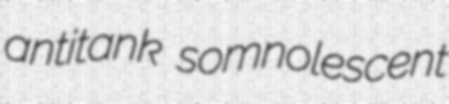
antitank somnolescent